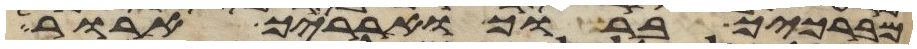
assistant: מברכיך ברוך וארריך ארור